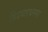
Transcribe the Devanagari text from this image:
सिदधारथनगर